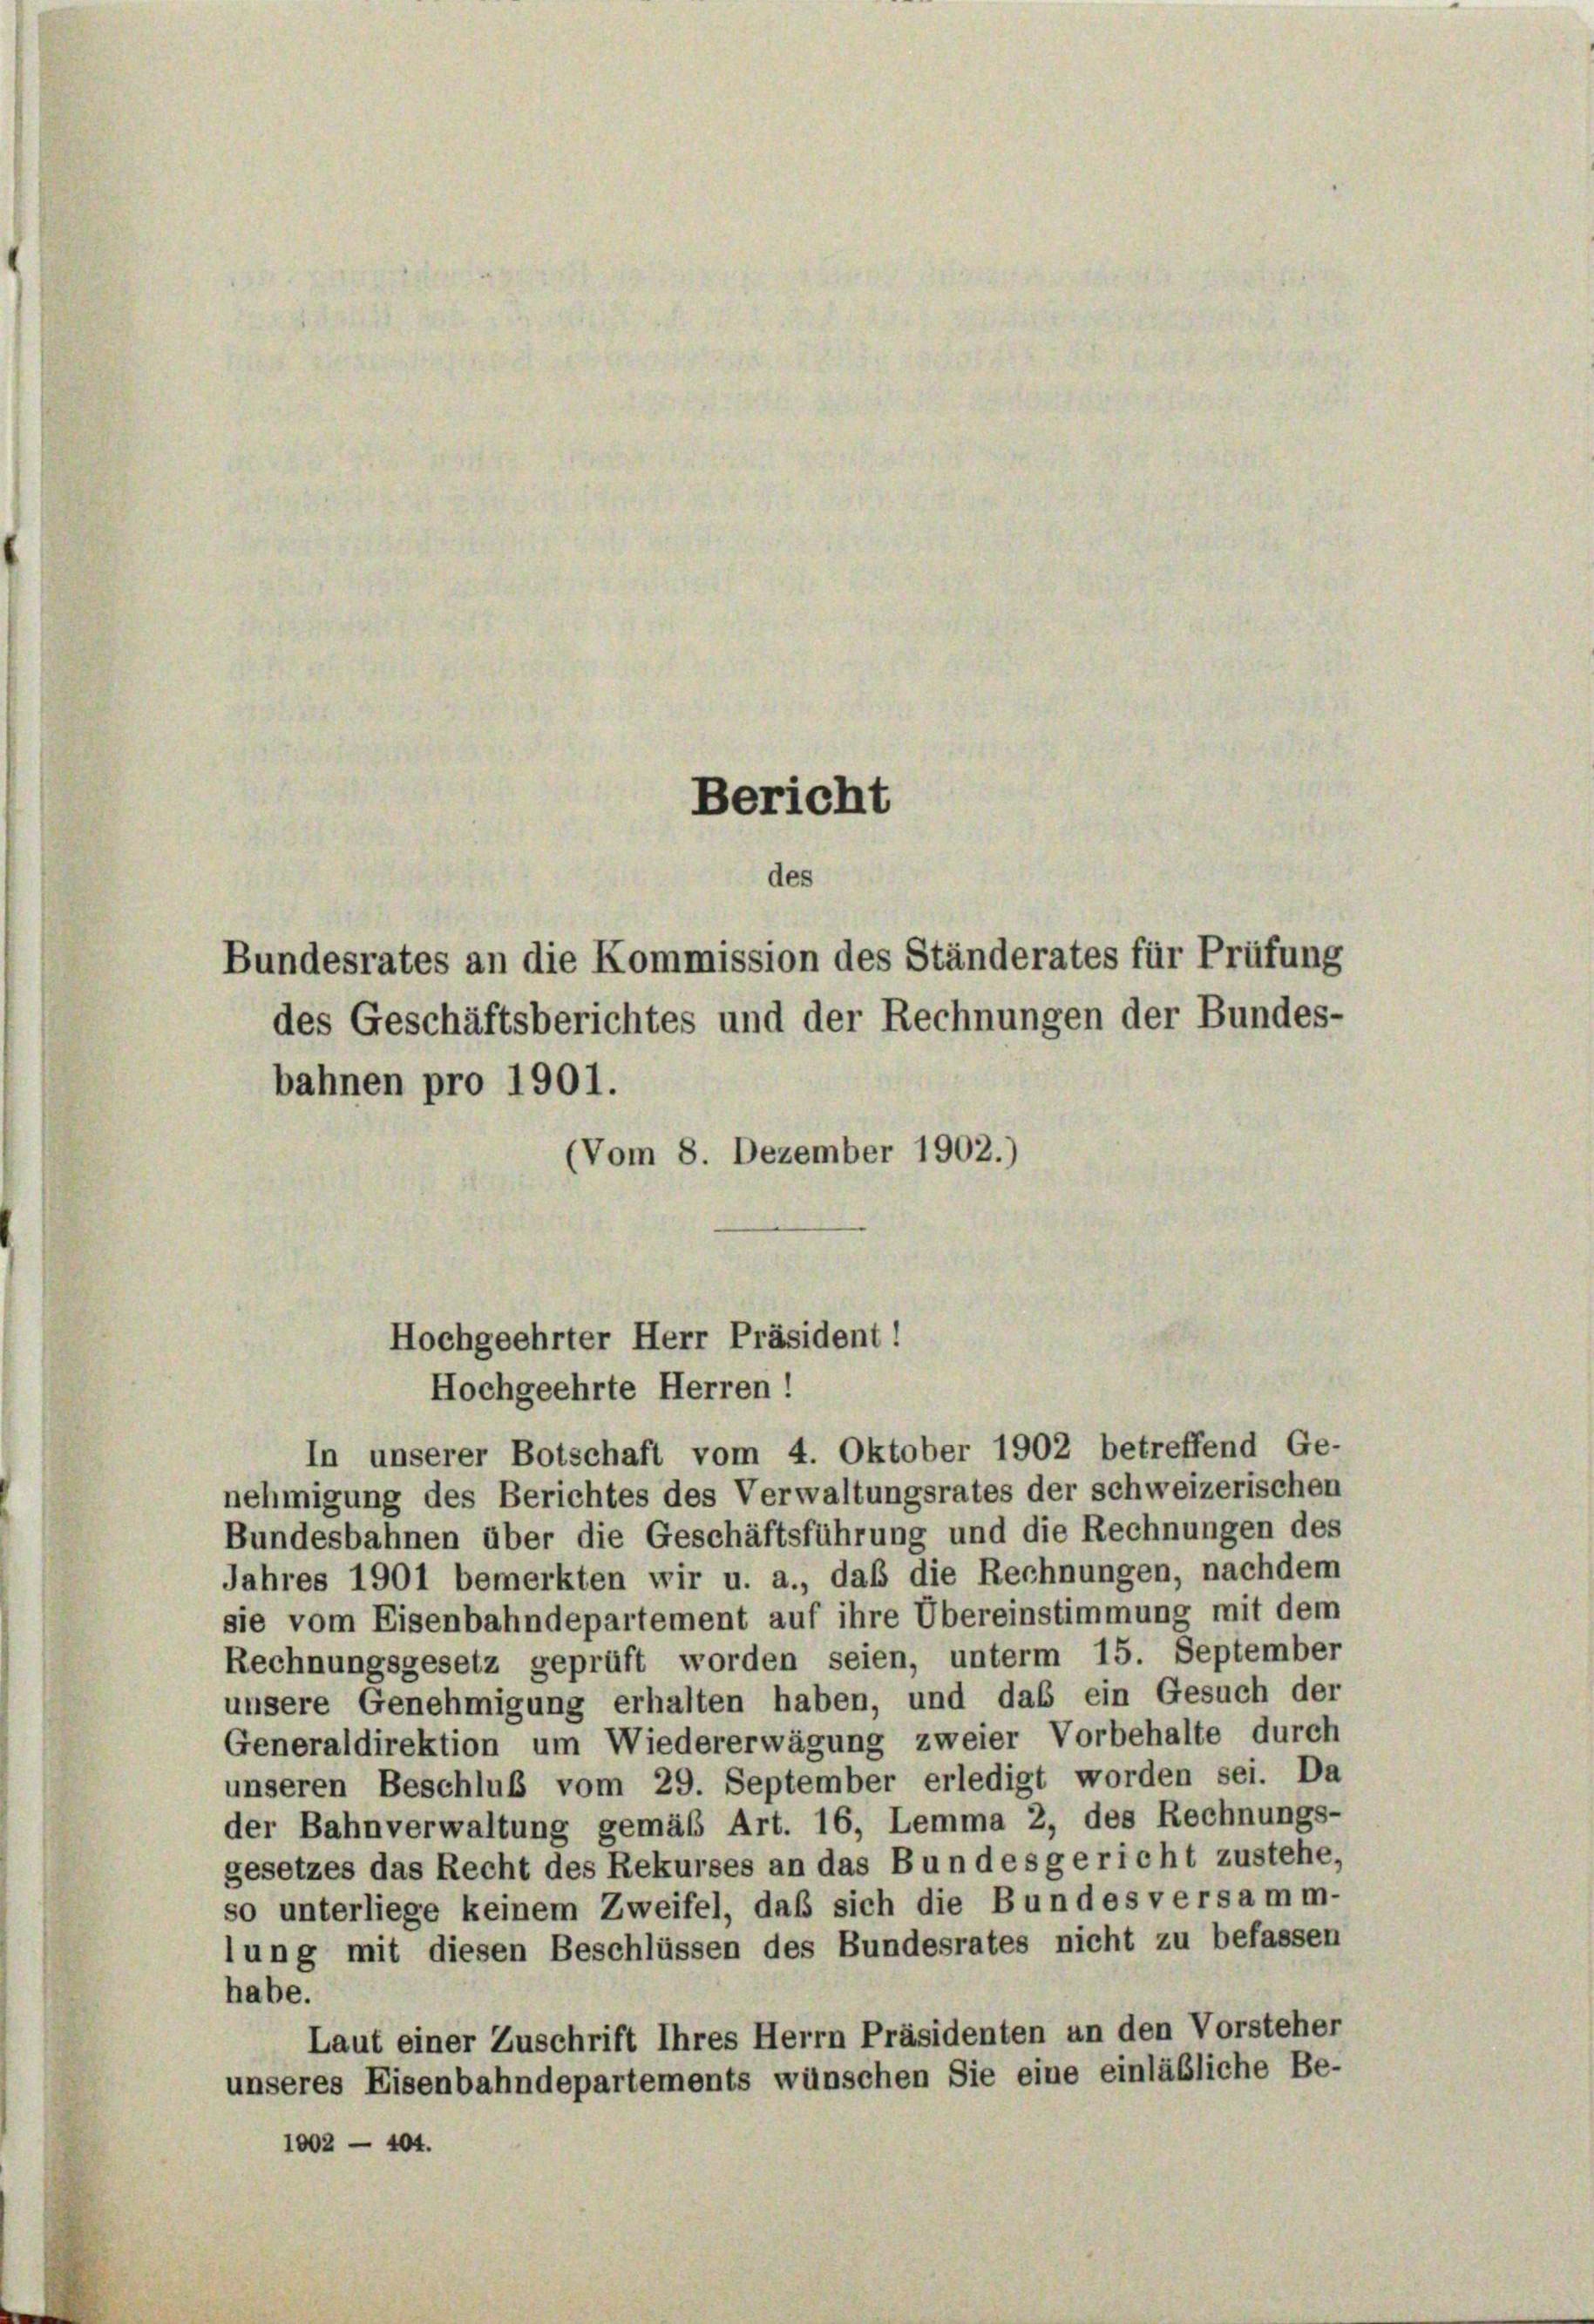
Bericht
des
Bundesrates an die Kommission des Ständerates für Prüfung
des Geschäftsberichtes und der Rechnungen der Bundes-
bahnen pro 1901.
(Vom 8. Dezember 1902.)

Hochgeehrter Herr Präsident!
Hochgeehrte Herren!

In unserer Botschaft vom 4. Oktober 1902 betreffend Ge-
nehmigung des Berichtes des Verwaltungsrates der schweizerischen
Bundesbahnen über die Geschäftsführung und die Rechnungen des
Jahres 1901 bemerkten wir u. a., daß die Rechnungen, nachdem
sie vom Eisenbahndepartement auf ihre Übereinstimmung mit dem
Rechnungsgesetz geprüft worden seien, unterm 15. September
unsere Genehmigung erhalten haben, und das ein Gesuch der
Generaldirektion um Wiedererwägung zweier Vorbehalte durch
unseren Beschluß vom 29. September erledigt worden sei. Da
der Bahnverwaltung gemäß Art. 16, Lemma 2, des Rechnungs-
gesetzes das Recht des Rekurses an das Bundesgericht zustehe,
so unterliege keinem Zweifel, daß sich die Bundes versamm-
lung mit diesen Beschlüssen des Bundesrates nicht zu befassen
habe.
Laut einer Zuschrift Ihres Herrn Präsidenten an den Vorsteher
unseres Eisenbahndepartements wünschen Sie eine einläßliche Be-
1002 — 404.